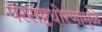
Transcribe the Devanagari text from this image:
परराष्ट्रधोरणांमुळे